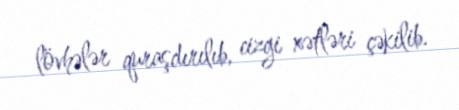
lövhələr quraşdırılıb, cizgi xətləri çəkilib.